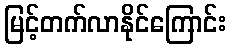
မြင့်တက်လာနိုင်ကြောင်း